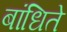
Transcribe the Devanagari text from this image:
बांधिते